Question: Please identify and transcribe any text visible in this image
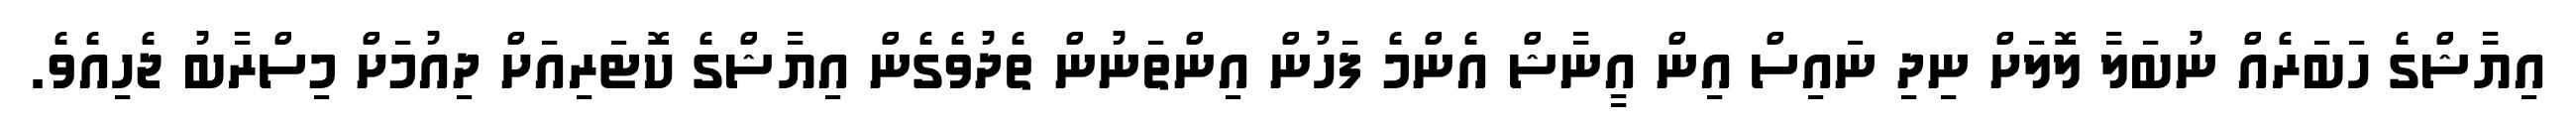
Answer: އިޔާޝްގެ ހަބަރެއް ނުބަލާ ލޮލަށް ނިދި ނައިސް އިން އީނާޝް އެންމެ ފަހުން އިންތަނުން ތެދުވެގެން އިޔާޝްގެ ކޮޓަރިއަށް ދިއުމަށް މިސްރާބު ޖެހިއެވެ.